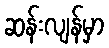
ဆန်းလျန်မှာ